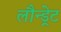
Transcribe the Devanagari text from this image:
लौन्ड्रेट